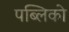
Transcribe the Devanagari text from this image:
पब्लिको